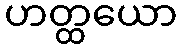
ဟတ္ထယော